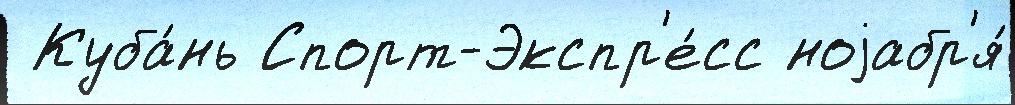
 Куба́нь Спорт-Экспр'е́сс ноjабр'я́